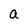
Character: a